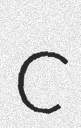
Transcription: C